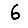
Digit: 6